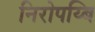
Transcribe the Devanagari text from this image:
निरोपय्बि